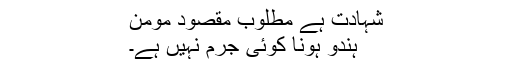
شہادت ہے مطلوب مقصودِ مومن
ہندو ہونا کوئی جرم نہیں ہے۔